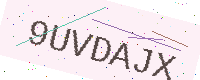
Text: 9UVDAJX